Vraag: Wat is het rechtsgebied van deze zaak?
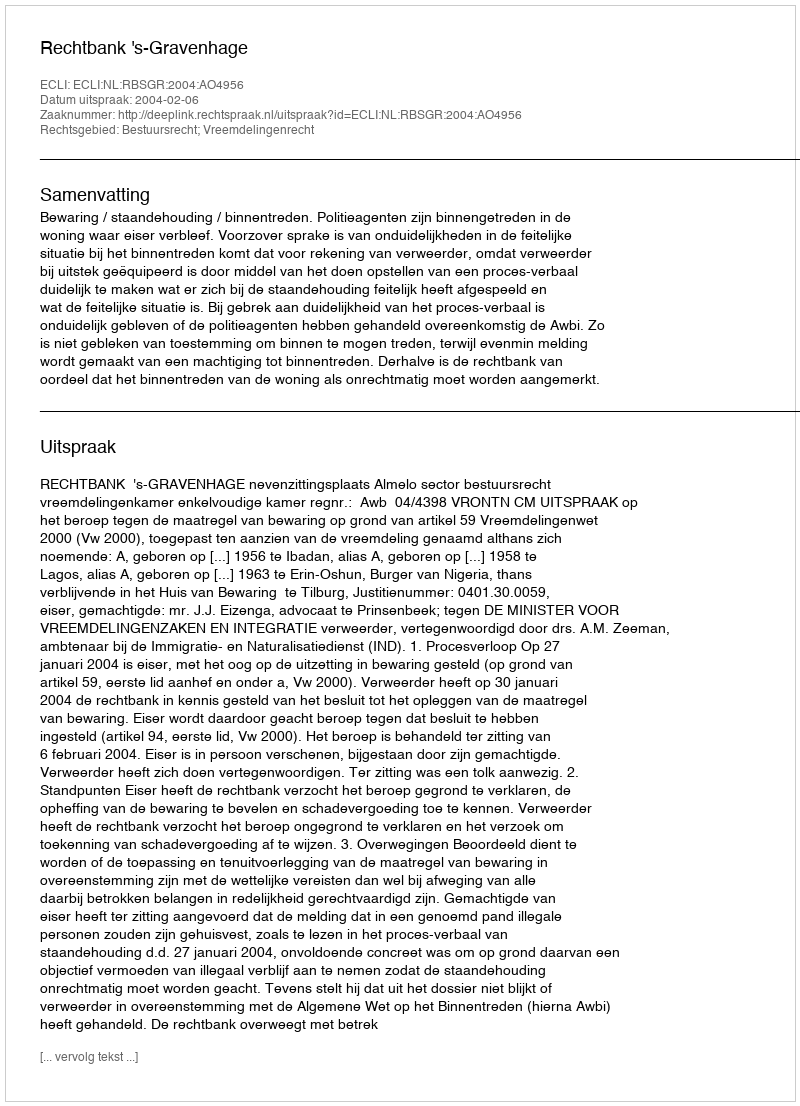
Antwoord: Bestuursrecht; Vreemdelingenrecht